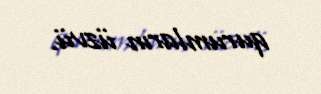
qurumların üzvü.